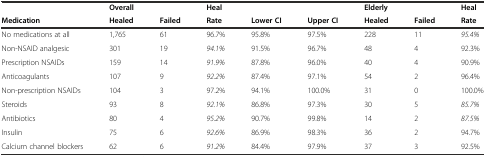
<table><thead><tr><td></td><td><b>Overall</b></td><td></td><td><b>Heal</b></td><td></td><td></td><td><b>Elderly</b></td><td></td><td><b>Heal</b></td></tr><tr><td><b>Medication</b></td><td><b>Healed</b></td><td><b>Failed</b></td><td><b>Rate</b></td><td><b>Lower CI</b></td><td><b>Upper CI</b></td><td><b>Healed</b></td><td><b>Failed</b></td><td><b>Rate</b></td></tr></thead><tbody><tr><td>No medications at all</td><td>1,765</td><td>61</td><td>96.7%</td><td>95.8%</td><td>97.5%</td><td>228</td><td>11</td><td><i>95.4%</i></td></tr><tr><td>Non-NSAID analgesic</td><td>301</td><td>19</td><td><i>94.1%</i></td><td>91.5%</td><td>96.7%</td><td>48</td><td>4</td><td>92.3%</td></tr><tr><td>Prescription NSAIDs</td><td>159</td><td>14</td><td><i>91.9%</i></td><td>87.8%</td><td>96.0%</td><td>40</td><td>4</td><td>90.9%</td></tr><tr><td>Anticoagulants</td><td>107</td><td>9</td><td><i>92.2%</i></td><td>87.4%</td><td>97.1%</td><td>54</td><td>2</td><td>96.4%</td></tr><tr><td>Non-prescription NSAIDs</td><td>104</td><td>3</td><td>97.2%</td><td>94.1%</td><td>100.0%</td><td>31</td><td>0</td><td>100.0%</td></tr><tr><td>Steroids</td><td>93</td><td>8</td><td><i>92.1%</i></td><td>86.8%</td><td>97.3%</td><td>30</td><td>5</td><td><i>85.7%</i></td></tr><tr><td>Antibiotics</td><td>80</td><td>4</td><td><i>95.2%</i></td><td>90.7%</td><td>99.8%</td><td>14</td><td>2</td><td><i>87.5%</i></td></tr><tr><td>Insulin</td><td>75</td><td>6</td><td><i>92.6%</i></td><td>86.9%</td><td>98.3%</td><td>36</td><td>2</td><td>94.7%</td></tr><tr><td>Calcium channel blockers</td><td>62</td><td>6</td><td><i>91.2%</i></td><td>84.4%</td><td>97.9%</td><td>37</td><td>3</td><td>92.5%</td></tr></tbody></table>